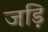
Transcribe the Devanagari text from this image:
जड़ि